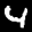
Label: 4